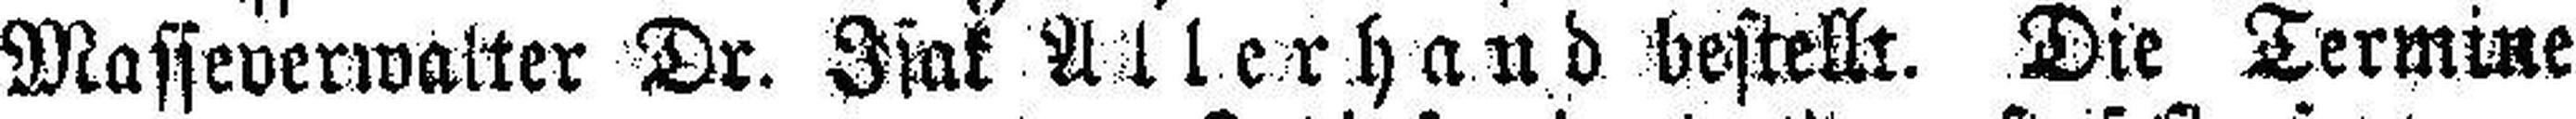
Masseverwalter Dr. Isak Allerhand bestellt. Die Termine